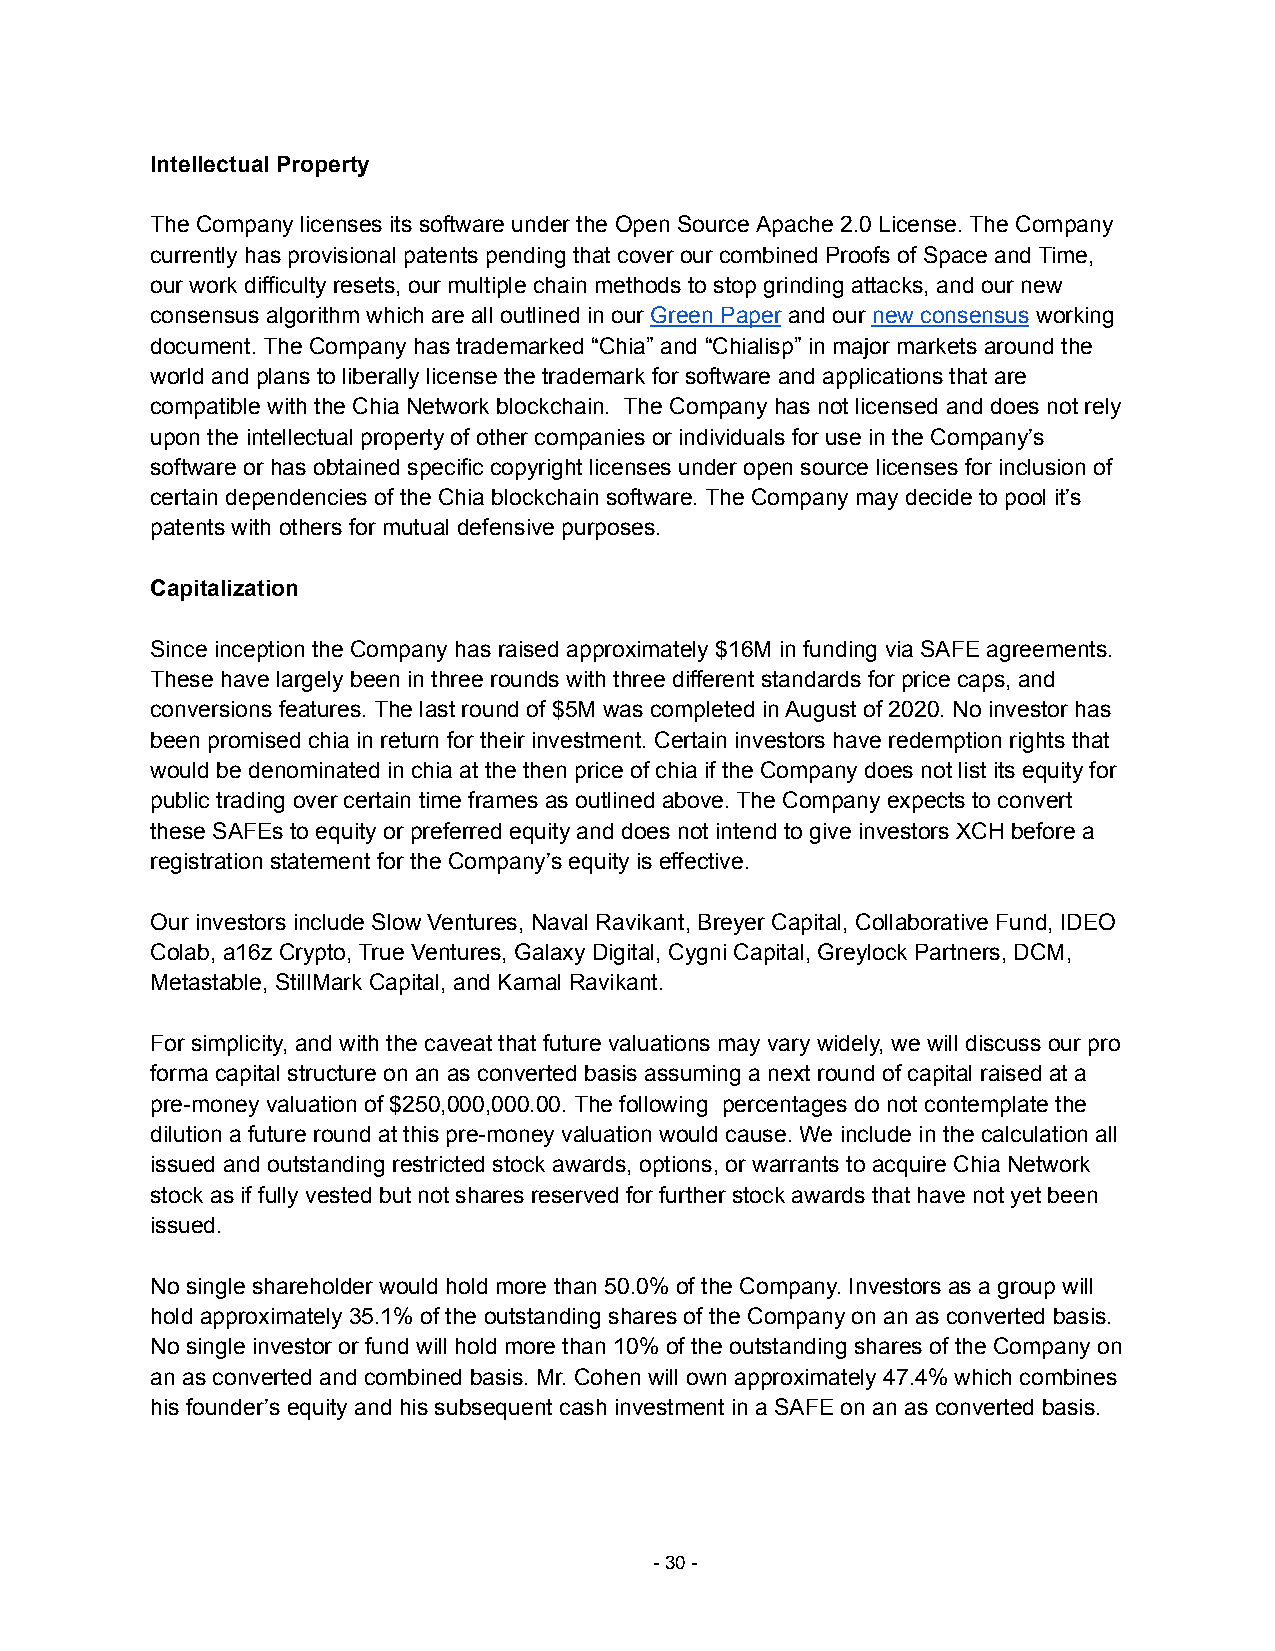
Intellectual Property
 The Company licenses its software under the Open Source Apache 2.0 License. The Company
 currently has provisional patents pending that cover our combined Proofs of Space and Time,
 our work difficulty resets, our multiple chain methods to stop grinding attacks, and our new
 consensus algorithm which are all outlined in our Green Paper and our new consensus working
 document. The Company has trademarked “Chia” and “Chialisp” in major markets around the
 world and plans to liberally license the trademark for software and applications that are
 compatible with the Chia Network blockchain. The Company has not licensed and does not rely
 upon the intellectual property of other companies or individuals for use in the Company’s
 software or has obtained specific copyright licenses under open source licenses for inclusion of
 certain dependencies of the Chia blockchain software. The Company may decide to pool it’s
 patents with others for mutual defensive purposes.
 Capitalization
 Since inception the Company has raised approximately $16M in funding via SAFE agreements.
 These have largely been in three rounds with three different standards for price caps, and
 conversions features. The last round of $5M was completed in August of 2020. No investor has
 been promised chia in return for their investment. Certain investors have redemption rights that
 would be denominated in chia at the then price of chia if the Company does not list its equity for
 public trading over certain time frames as outlined above. The Company expects to convert
 these SAFEs to equity or preferred equity and does not intend to give investors XCH before a
 registration statement for the Company’s equity is effective.
 Our investors include Slow Ventures, Naval Ravikant, Breyer Capital, Collaborative Fund, IDEO
 Colab, a16z Crypto, True Ventures, Galaxy Digital, Cygni Capital, Greylock Partners, DCM,
 Metastable, StillMark Capital, and Kamal Ravikant.
 For simplicity, and with the caveat that future valuations may vary widely, we will discuss our pro
 forma capital structure on an as converted basis assuming a next round of capital raised at a
 pre-money valuation of $250,000,000.00. The following percentages do not contemplate the
 dilution a future round at this pre-money valuation would cause. We include in the calculation all
 issued and outstanding restricted stock awards, options, or warrants to acquire Chia Network
 stock as if fully vested but not shares reserved for further stock awards that have not yet been
 issued.
 No single shareholder would hold more than 50.0% of the Company. Investors as a group will
 hold approximately 35.1% of the outstanding shares of the Company on an as converted basis.
 No single investor or fund will hold more than 10% of the outstanding shares of the Company on
 an as converted and combined basis. Mr. Cohen will own approximately 47.4% which combines
 his founder’s equity and his subsequent cash investment in a SAFE on an as converted basis.
 -30-